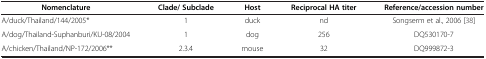
| Nomenclature | Clade/ Subclade | Host | Reciprocal HA titer | Reference/accession number |
 | --- | --- | --- | --- | --- |
 | A/duck/Thailand/144/2005* | 1 | duck | nd | Songserm et al., 2006 [38] |
 | A/dog/Thailand-Suphanburi/KU-08/2004 | 1 | dog | 256 | DQ530170-7 |
 | A/chicken/Thailand/NP-172/2006** | 2.3.4 | mouse | 32 | DQ999872-3 |